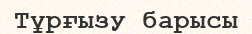
Тұрғызу барысы